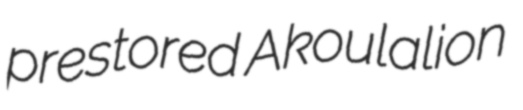
prestored Akoulalion